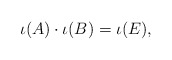
\begin{align*}\iota(A)\cdot \iota(B) = \iota(E),\end{align*}